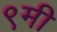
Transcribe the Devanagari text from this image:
९मी